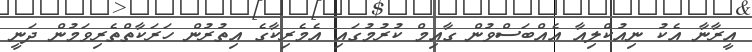
އީރާނާ އެކު ނިއުކްލިއާ އެއްބަސްވުން ގާއިމް ކުރުމުގައި އެމެރިކާގެ އިތުރުން ހަރަކާތްތެރިވަމުން ދަނީ